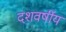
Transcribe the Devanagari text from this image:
दशवर्षीय